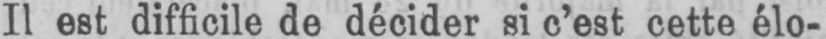
Il est difficile de décider si c’est cette élo-